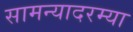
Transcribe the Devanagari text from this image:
सामन्यादरम्या